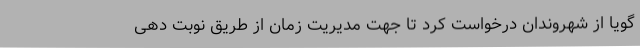
گویا از شهروندان درخواست کرد تا جهت مدیریت زمان از طریق نوبت دهی